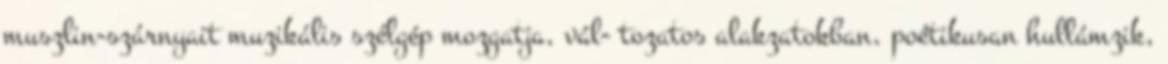
muszlin-szárnyait muzikális szélgép mozgatja, vál- tozatos alakzatokban, poétikusan hullámzik,